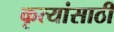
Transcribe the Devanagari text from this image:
कृत्यांसाठी